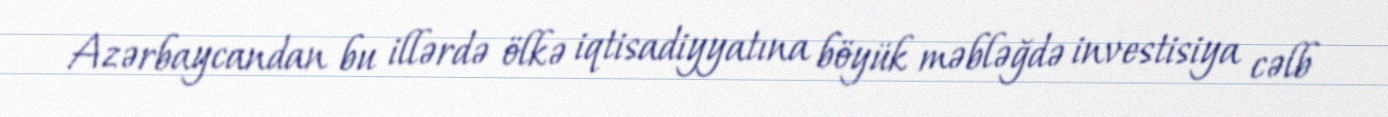
Azərbaycandan bu illərdə ölkə iqtisadiyyatına böyük məbləğdə investisiya cəlb